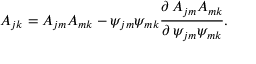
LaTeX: A _ { j k } = A _ { j m } A _ { m k } - \psi _ { j m } \psi _ { m k } { \frac { \partial \, A _ { j m } A _ { m k } } { \partial \, \psi _ { j m } \psi _ { m k } } } .